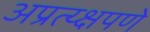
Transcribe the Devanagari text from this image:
अप्रत्य्क्षपणे